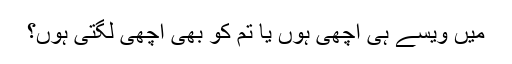
میں ویسے ہی اچھی ہوں یا تم کو بھی اچھی لگتی ہوں؟